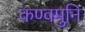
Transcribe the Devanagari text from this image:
कण्वमुनि